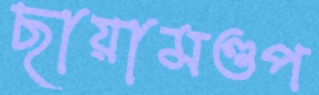
ছায়ামণ্ডপ